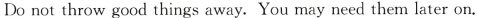
Do not throw good things away. You may need them later on.